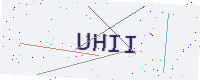
Text: UHII